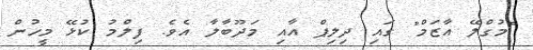
"މުގްލޭ އާޒަމް" ގައި ދިލިޕް އާއި މަދޫބާލާ އެވެ. ފިލްމު ކުޅޭ މީހުން